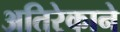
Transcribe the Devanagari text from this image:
अतिरेकाने